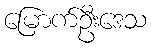
မြောက်ဦးဒေသ